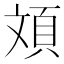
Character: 𮨂